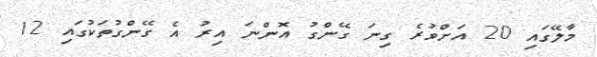
މާލޭގައި 20 އަށްވުރެ ގިނަ ގޭންގު އޮންނަ އިރު އެ ގޭންގުތަކުގައި 12